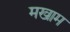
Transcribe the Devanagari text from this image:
मखाम